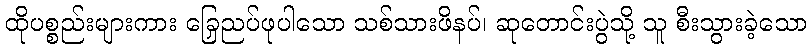
ထိုပစ္စည်းများကား ခြေညှပ်ဖုပါသော သစ်သားဖိနပ်၊ ဆုတောင်းပွဲသို့ သူ စီးသွားခဲ့သော